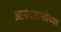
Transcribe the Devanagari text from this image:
आनंदप्राप्तीच्या